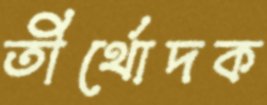
তীর্থোদক